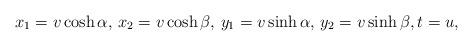
LaTeX: \begin{align*} x_{1}=v\cosh\alpha,\,x_{2}=v\cosh\beta,\, y_{1}=v\sinh\alpha,\,y_{2}=v\sinh\beta, t=u, \end{align*}